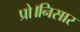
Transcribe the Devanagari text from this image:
प्रो।निसार